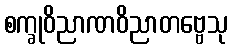
စက္ခုဝိညာဏဝိညာတဗ္ဗေသု